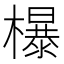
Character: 𣞺